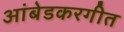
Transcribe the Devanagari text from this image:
आंबेडकरगीत